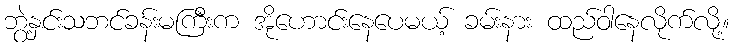
ဘွဲ့နှင်းသဘင်ခန်းမကြီးက အိုဟောင်းနေပေမယ့် ခမ်းနား ထည်ဝါနေလိုက်လို့။